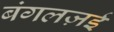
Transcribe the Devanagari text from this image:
बंगलज़ई